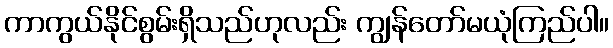
ကာကွယ်နိုင်စွမ်းရှိသည်ဟုလည်း ကျွန်တော်မယုံကြည်ပါ။